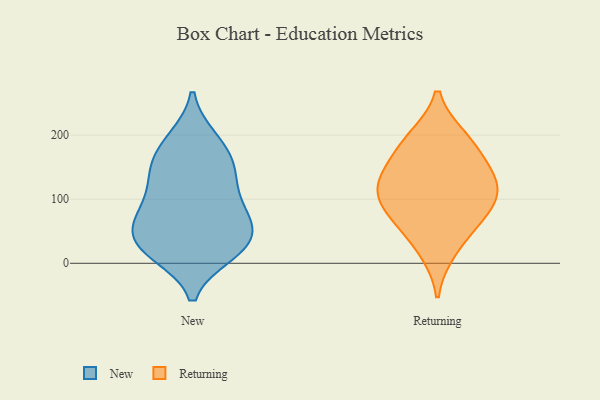
{"axis": {"x": "Temperature (°C)", "y": "Value"}, "legend": ["New", "Returning"], "data": [{"x": "", "y": 17, "type": "New"}, {"x": "", "y": 95, "type": "New"}, {"x": "", "y": 141, "type": "New"}, {"x": "", "y": 66, "type": "New"}, {"x": "", "y": 148, "type": "New"}, {"x": "", "y": 113, "type": "New"}, {"x": "", "y": 15, "type": "New"}, {"x": "", "y": 70, "type": "New"}, {"x": "", "y": 58, "type": "New"}, {"x": "", "y": 38, "type": "New"}, {"x": "", "y": 38, "type": "New"}, {"x": "", "y": 15, "type": "New"}, {"x": "", "y": 194, "type": "New"}, {"x": "", "y": 86, "type": "New"}, {"x": "", "y": 35, "type": "New"}, {"x": "", "y": 147, "type": "New"}, {"x": "", "y": 193, "type": "New"}, {"x": "", "y": 166, "type": "New"}, {"x": "", "y": 196, "type": "Returning"}, {"x": "", "y": 19, "type": "Returning"}, {"x": "", "y": 192, "type": "Returning"}, {"x": "", "y": 162, "type": "Returning"}, {"x": "", "y": 131, "type": "Returning"}, {"x": "", "y": 61, "type": "Returning"}, {"x": "", "y": 119, "type": "Returning"}, {"x": "", "y": 135, "type": "Returning"}, {"x": "", "y": 70, "type": "Returning"}, {"x": "", "y": 98, "type": "Returning"}, {"x": "", "y": 99, "type": "Returning"}]}